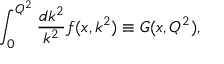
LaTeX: \int _ { 0 } ^ { Q ^ { 2 } } \frac { d k ^ { 2 } } { k ^ { 2 } } f ( x , k ^ { 2 } ) \equiv G ( x , Q ^ { 2 } ) ,